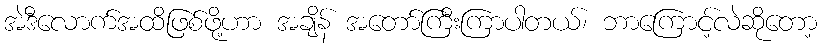
အဲဒီလောက်အထိဖြစ်ဖို့ဟာ အချိန် အတော်ကြီးကြာပါတယ်၊ ဘာကြောင့်လဲဆိုတော့